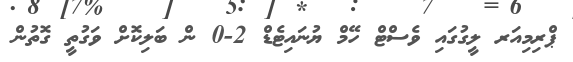
ޕްރިމިއަރ ލީގުގައި ވެސްޓް ހޭމް ޔުނައިޓެޑް 2-0 ން ބަލިކޮށް ވަގުތީ ގޮތުން